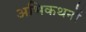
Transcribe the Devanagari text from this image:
अभिकथनों